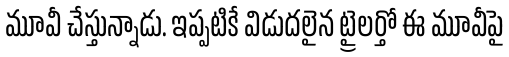
మూవీ చేస్తున్నాడు. ఇప్పటికే విడుదలైన ట్రైలర్తో ఈ మూవీపై